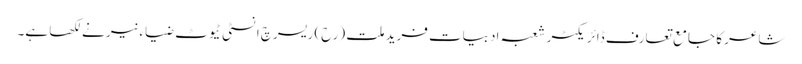
شاعر کا جامع تعارف ڈائریکٹر شعبہ ادبیات فرید ملت (رح) ریسرچ انسٹی ٹیوٹ ضیاء نیر نے لکھا ہے۔